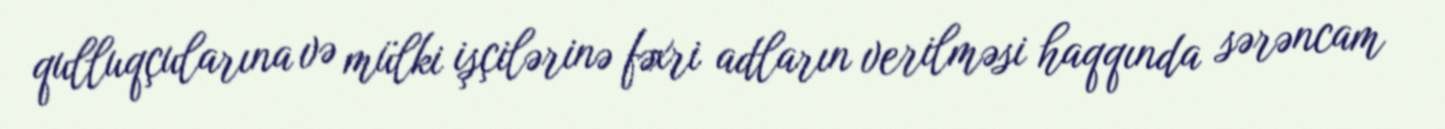
qulluqçularına və mülki işçilərinə fəxri adların verilməsi haqqında sərəncam